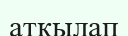
атқылап